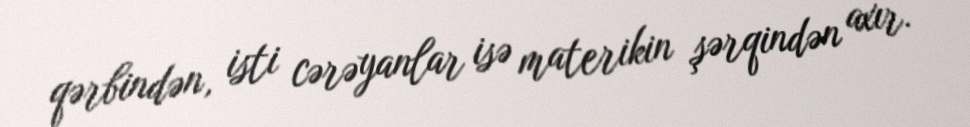
qərbindən, isti cərəyanlar isə materikin şərqindən axır.